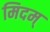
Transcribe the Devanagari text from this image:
मिदम्